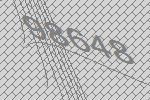
98648